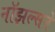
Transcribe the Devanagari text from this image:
नॉझल्सने